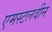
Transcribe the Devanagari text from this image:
एमस्टलवीन